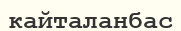
кайталанбас